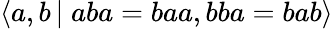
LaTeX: \langle a,b\, \vert\; aba=baa,bba=bab\rangle